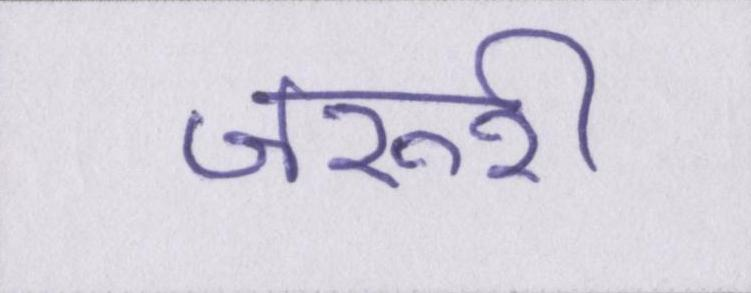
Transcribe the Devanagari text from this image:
जरूरी